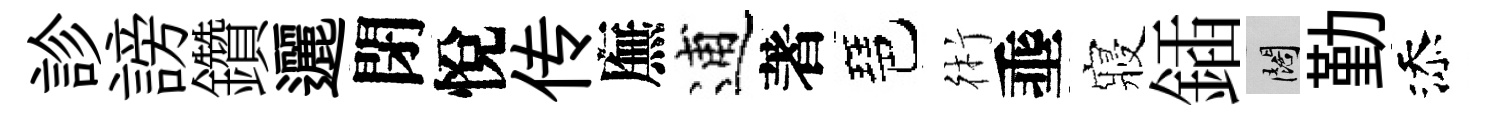
診謗鑽邐閉悅传廡逋著琶術埀寢鍤闊勤添